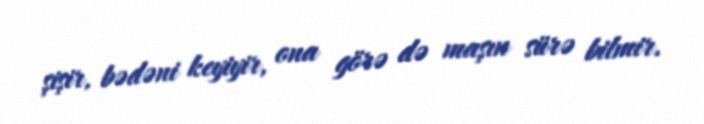
şişir, bədəni keyiyir, ona görə də maşın sürə bilmir.